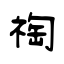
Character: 祹